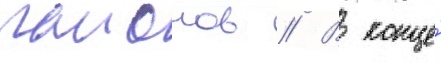
раионов // В конце́